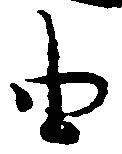
由